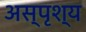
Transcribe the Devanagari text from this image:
अस्‍पृश्य